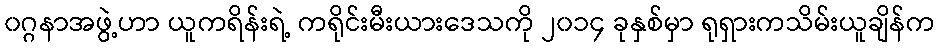
၀ဂ္ဂနာအဖွဲ့ဟာ ယူကရိန်းရဲ့ ကရိုင်းမီးယားဒေသကို ၂၀၁၄ ခုနှစ်မှာ ရုရှားကသိမ်းယူချိန်က